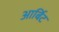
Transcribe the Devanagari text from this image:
आर्बिट